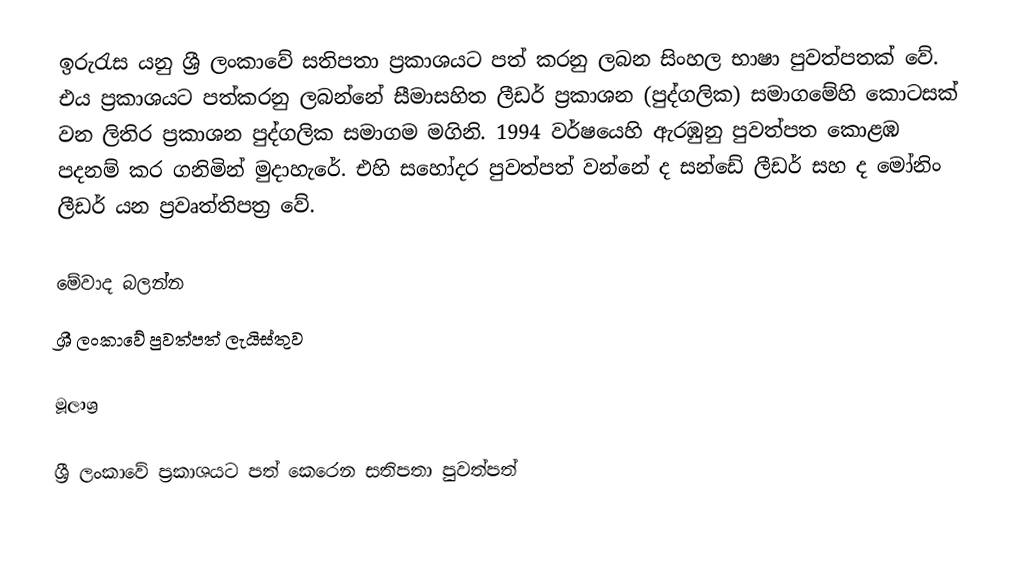
ඉරුරැස යනු ශ්‍රී ලංකාවේ සතිපතා ප්‍රකාශයට පත් කරනු ලබන සිංහල භාෂා පුවත්පතක් වේ. එය ප්‍රකාශයට පත්කරනු ලබන්නේ සීමාසහිත ලීඩර් ප්‍රකාශන (පුද්ගලික) සමාගමේහි කොටසක් වන ලිතිර ප්‍රකාශන පුද්ගලික සමාගම මගිනි. 1994 වර්ෂයෙහි ඇරඹුනු පුවත්පත කොළඹ පදනම් කර ගනිමින් මුදාහැරේ. එහි සහෝදර පුවත්පත් වන්නේ ද සන්ඩේ ලීඩර් සහ ද මෝනිං ලීඩර් යන ප්‍රවෘත්තිපත්‍ර වේ.

මේවාද බලන්න
ශ්‍රී ලංකාවේ පුවත්පත් ලැයිස්තුව

මූලාශ්‍ර

ශ්‍රී ලංකාවේ ප්‍රකාශයට පත් කෙරෙන සතිපතා පුවත්පත්